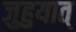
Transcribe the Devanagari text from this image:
जुहुयात्‌